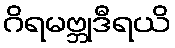
ဂိရမဗ္ဘုဒီရယိ